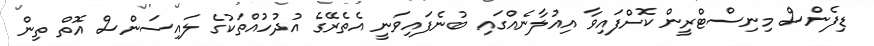
ޑިފެންސް މިނިސްޓްރީން ކޮށްފައިވާ އިއުލާނެއްގައި ބުނެފައިވަނީ އެތެރޭގެ އުދުހުއްތަކުގެ ލައިސަންސް އޮތް ތިން